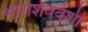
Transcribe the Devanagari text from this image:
भारशिववंशी